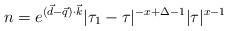
\begin{align*}n=e^{(\vec{d}-\vec{q})\cdot\vec{k}}|\tau_{1}-\tau|^{-x+\Delta-1}|\tau|^{x-1}\end{align*}